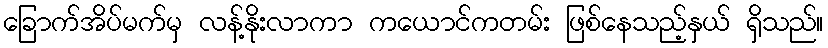
ခြောက်အိပ်မက်မှ လန့်နိုးလာကာ ကယောင်ကတမ်း ဖြစ်နေသည့်နှယ် ရှိသည်။